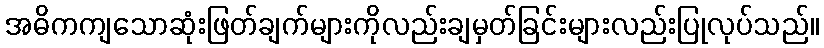
အဓိကကျသောဆုံးဖြတ်ချက်များကိုလည်းချမှတ်ခြင်းများလည်းပြုလုပ်သည်။